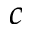
c